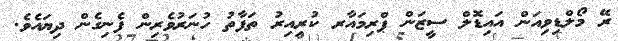
ރޭ މޯލްޑިވިއަން އައިޑޮލް ސީޒަން ޕްރިމައާރ ކުރިއިރު ތަފާތު ހުނަރުވެރިން ފެނިގެން ދިޔައެވެ.